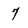
Character: 7